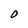
Character: O